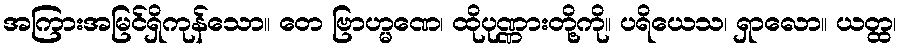
အကြားအမြင်ရှိကုန်သော။ တေ ဗြာဟ္မဏေ၊ ထိုပုဏ္ဏားတို့ကို။ ပရိယေသ၊ ရှာလော။ ယတ္ထ၊